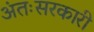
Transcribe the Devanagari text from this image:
अंतःसरकारी